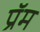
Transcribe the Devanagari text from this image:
प्रॅम